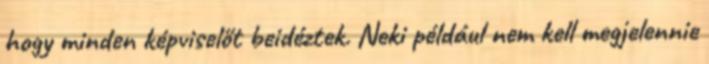
hogy minden képviselőt beidéztek. Neki például nem kell megjelennie